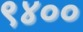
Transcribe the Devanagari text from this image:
९४००